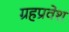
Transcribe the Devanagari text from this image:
ग्रहप्रवेश